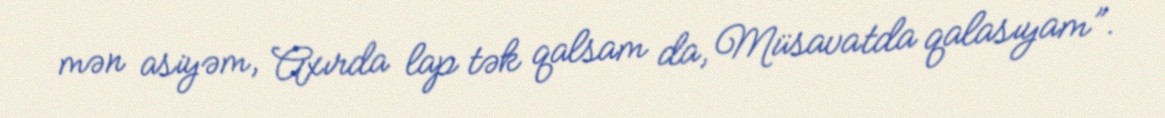
mən asiyəm, Axırda lap tək qalsam da, Müsavatda qalasıyam”.